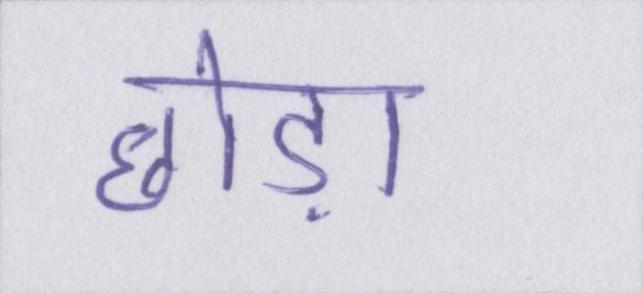
छोड़ा